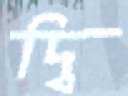
দ্বি